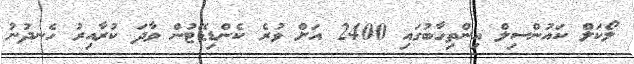
ލޯކަލް ކައުންސިލް އިންތިހާބުގައި 2400 އަށް ވުރެ ކެންޑިޑޭޓުން ވާދަ ކުރާއިރު ހެނދުނު